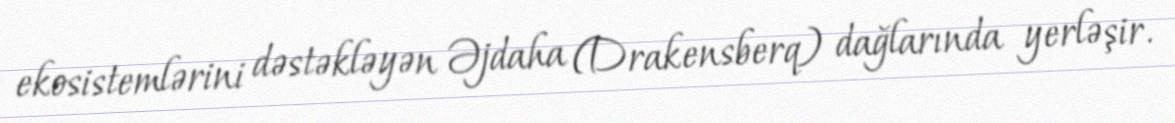
ekosistemlərini dəstəkləyən Əjdaha (Drakensberq) dağlarında yerləşir.